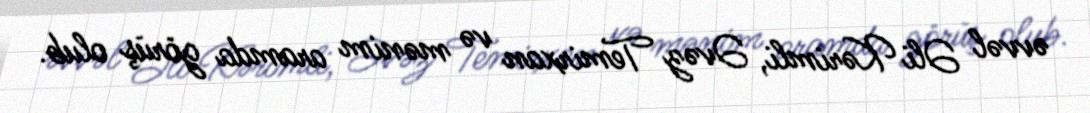
əvvəl Əli Kərimli, Əvəz Temirxan və mənim aramda görüş olub.